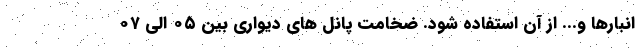
انبارها و... از آن استفاده شود. ضخامت پانل های دیواری بین ۰۵ الی ۰۷